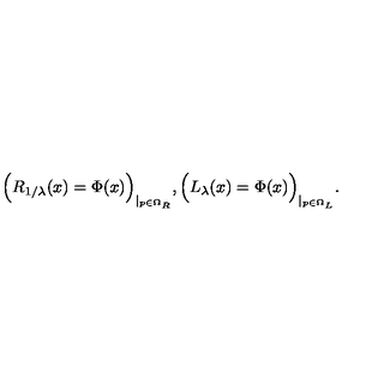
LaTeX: \Big ( R _ { 1 / \lambda } ( x ) = \Phi ( x ) \Big ) _ { \mid _ { p \in \Omega _ { R } } } , \Big ( L _ { \lambda } ( x ) = \Phi ( x ) \Big ) _ { \mid _ { p \in \Omega _ { L } } } .